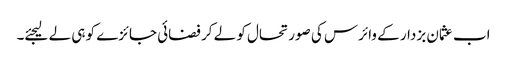
اب عثمان بزدار کے وائرس کی صورتحال کو لے کر فضائی جائزے کو ہی لے لیجئے۔